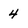
Character: 4